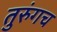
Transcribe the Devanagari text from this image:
तुरुंगच